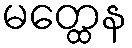
မတ္ထေန